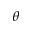
\theta